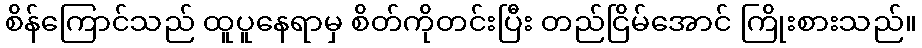
စိန်ကြောင်သည် ထူပူနေရာမှ စိတ်ကိုတင်းပြီး တည်ငြိမ်အောင် ကြိုးစားသည်။